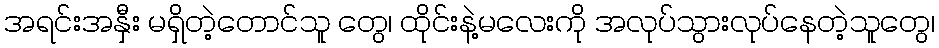
အရင်းအနှီး မရှိတဲ့တောင်သူ တွေ၊ ထိုင်းနဲ့မလေးကို အလုပ်သွားလုပ်နေတဲ့သူတွေ၊